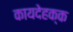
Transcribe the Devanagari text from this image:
कायदेहक्क